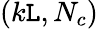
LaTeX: (k\mathtt{L},N_{c})